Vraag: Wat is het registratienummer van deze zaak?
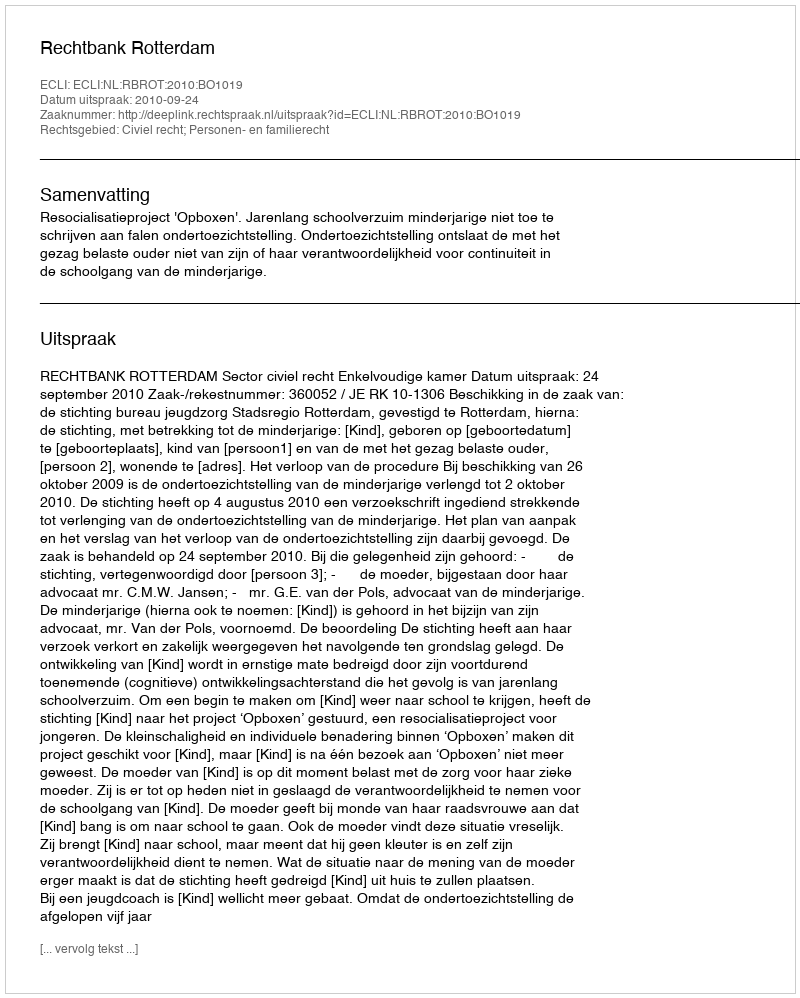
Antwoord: http://deeplink.rechtspraak.nl/uitspraak?id=ECLI:NL:RBROT:2010:BO1019